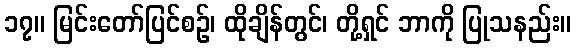
၁၇။ မြင်းတော်ပြင်စဉ်၊ ထိုချိန်တွင်၊ တို့ရှင် ဘာကို ပြုသနည်း။